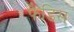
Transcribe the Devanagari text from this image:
फैडिस